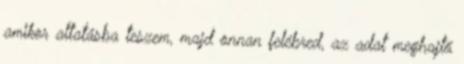
amikor altatásba teszem, majd onnan felébred, az adat meghajtó